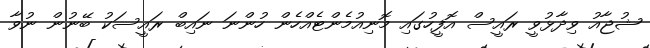
ޝުޖާއު ވިދާޅުވީ ރައީސް އޮފީހުގައި މޮނިއުމެންޓެއްހެން ހުންނަ ނައިބް ރައީސަކު ބޭނުން ނުވާ